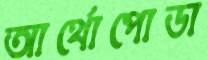
আর্থোপোডা